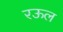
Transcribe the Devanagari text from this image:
रऊल